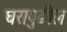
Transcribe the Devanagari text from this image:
घरापुढील